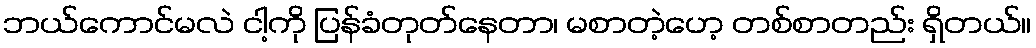
ဘယ်ကောင်မလဲ ငါ့ကို ပြန်ခံတုတ်နေတာ၊ မစာတဲ့ဟေ့ တစ်စာတည်း ရှိတယ်။